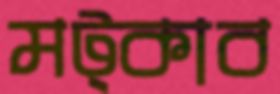
মট্‌কাব